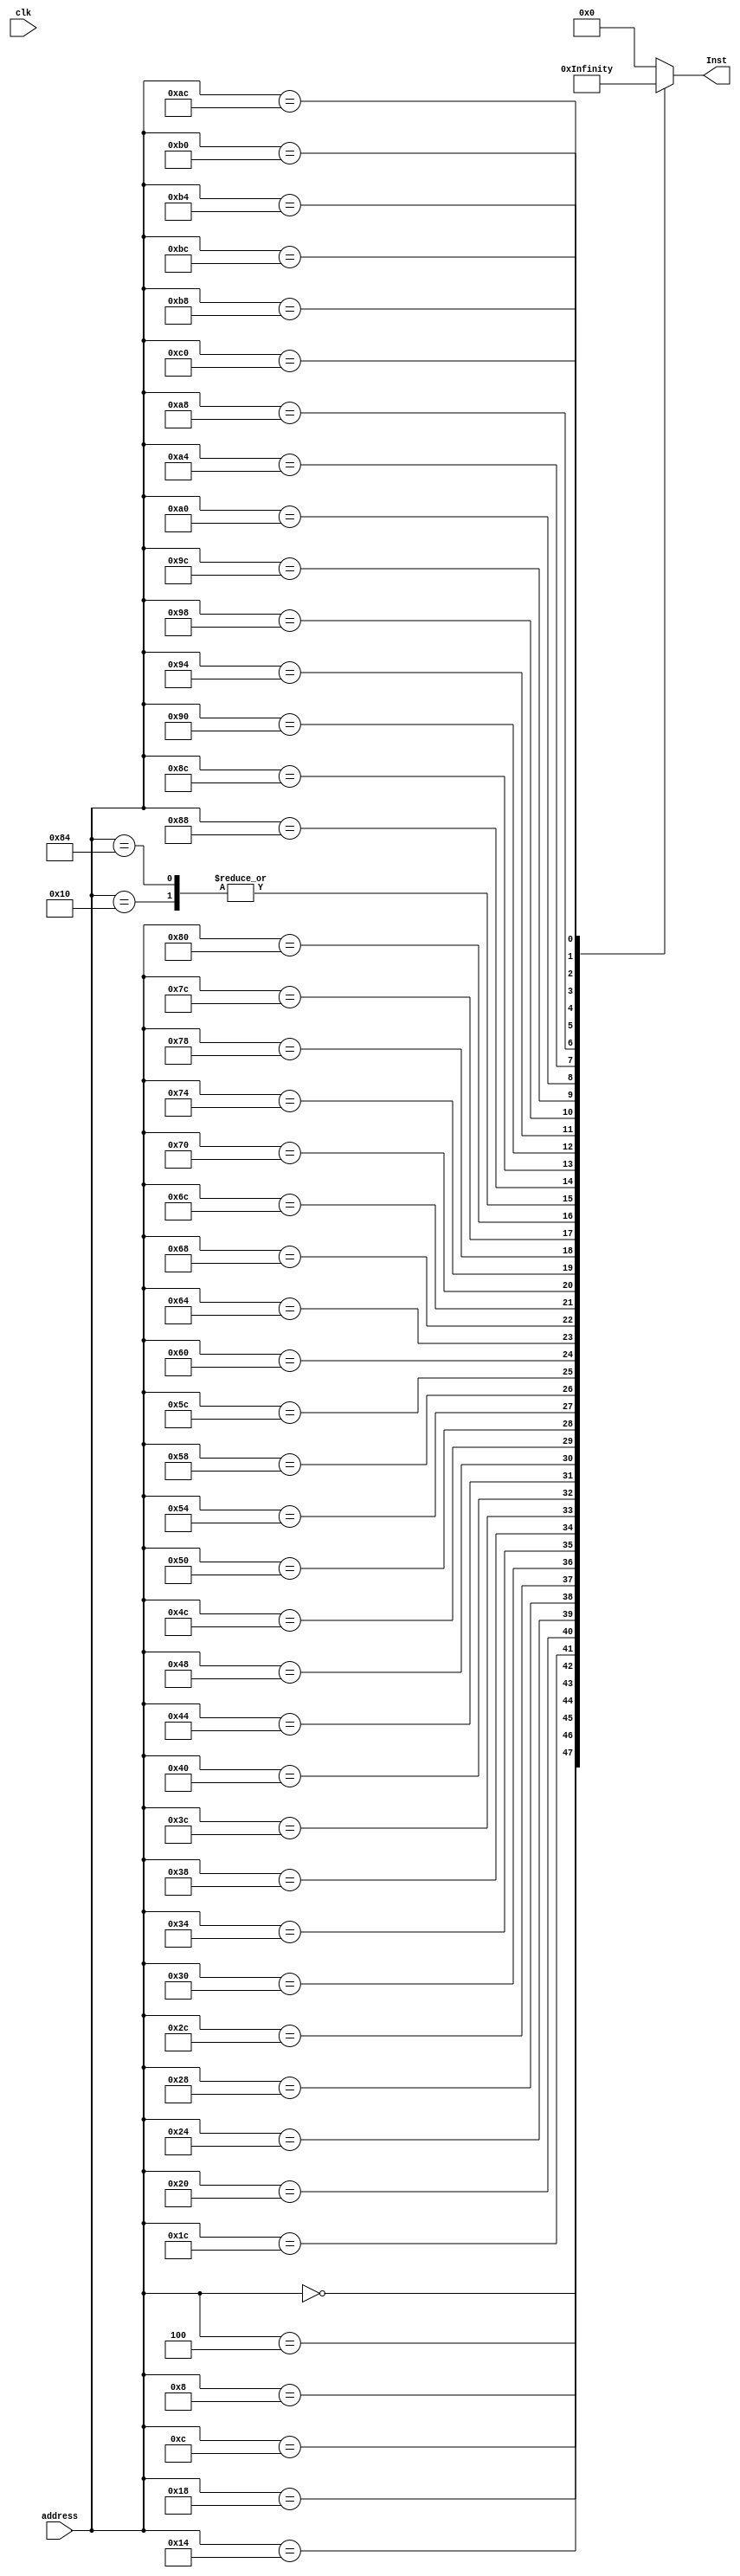
// module InstMem(input clk, input [31:0] address, output [31:0] Inst);
// reg[7:0] mem[0:65535];
// initial begin
// $readmemb("InstMem.mem",mem);    
// end
// assign Inst={mem[address],mem[address+1],mem[address+2],mem[address+3]};
// endmodule


module InstMem(input clk, input [31:0] address, output reg [31:0] Inst);
always @(address) begin
    case(address)
   
   
   
   
   
   
   
   
 32'd0:     Inst=32'b1110_00_1_1101_0_0000_0000_000000010100; //MOV		R0 ,#20 		//R0 = 20
 32'd4:     Inst=32'b1110_00_1_1101_0_0000_0001_101000000001; //MOV		R1 ,#4096		//R1 = 4096
 32'd8:     Inst=32'b1110_00_1_1101_0_0000_0010_000100000011; //MOV		R2 ,#0xC0000000	//R2 = -1073741824
 32'd12:    Inst=32'b1110_00_0_0100_1_0010_0011_000000000010; //ADDS		R3 ,R2,R2		//R3 = -2147483648 
 32'd16:    Inst=32'b1110_00_0_0000_0_0000_0000_000000000000; //ADDS		NOP
 32'd20:    Inst=32'b1110_00_0_0101_0_0000_0100_000000000000; //ADC		R4 ,R0,R0		//R4 = 41
 32'd24:    Inst=32'b1110_00_0_0010_0_0100_0101_000100000100; //SUB		R5 ,R4,R4,LSL #2	//R5 = -123
 32'd28:    Inst=32'b1110_00_0_0110_0_0000_0110_000010100000; //SBC		R6 ,R0,R0,LSR #1	//R6 = 10
 32'd32:    Inst=32'b1110_00_0_1100_0_0101_0111_000101000010; //ORR		R7 ,R5,R2,ASR #2	//R7 = -123
 32'd36:    Inst=32'b1110_00_0_0000_0_0111_1000_000000000011; //AND		R8 ,R7,R3		//R8 = -2147483648
 32'd40:    Inst=32'b1110_00_0_1111_0_0000_1001_000000000110; //MVN		R9 ,R6		//R9 = -11
 32'd44:    Inst=32'b1110_00_0_0001_0_0100_1010_000000000101; //EOR		R10,R4,R5	//R10 = -84
 32'd48:    Inst=32'b1110_00_0_1010_1_1000_0000_000000000110; //CMP		R8 ,R6		
 32'd52:    Inst=32'b0001_00_0_0100_0_0001_0001_000000000001; //ADDNE		R1 ,R1,R1		//R1 = 8192
 32'd56:    Inst=32'b1110_00_0_1000_1_1001_0000_000000001000; //TST		R9 ,R8		
 32'd60:    Inst=32'b0000_00_0_0100_0_0010_0010_000000000010; //ADDEQ		R2 ,R2,R2   	//R2 = -1073741824
 32'd64:    Inst=32'b1110_00_1_1101_0_0000_0000_101100000001; //MOV		R0 ,#1024		//R0 = 1024
 32'd68:    Inst=32'b1110_01_0_0100_0_0000_0001_000000000000; //STR		R1 ,[R0],#0	//MEM[1024] = 8192
 32'd72:    Inst=32'b1110_01_0_0100_1_0000_1011_000000000000; //LDR		R11,[R0],#0	//R11 = 8192
 32'd76:    Inst=32'b1110_01_0_0100_0_0000_0010_000000000100; //STR		R2 ,[R0],#4	//MEM[1028] = -1073741824
 32'd80:    Inst=32'b1110_01_0_0100_0_0000_0011_000000001000; //STR		R3 ,[R0],#8	//MEM[1032] = -2147483648
 32'd84:    Inst=32'b1110_01_0_0100_0_0000_0100_000000001100; //STR		R4 ,[R0],#12	//MEM[1036] = 41
 32'd88:    Inst=32'b1110_01_0_0100_0_0000_0101_000000010000; //STR		R5 ,[R0],#16	//MEM[1040] = -123
 32'd92:    Inst=32'b1110_01_0_0100_0_0000_0110_000000010100; //STR		R6 ,[R0],#20	//MEM[1044] = 10
 32'd96:    Inst=32'b1110_01_0_0100_1_0000_1010_000000000100; //LDR		R10,[R0],#4	//R10 = -1073741824
 32'd100:   Inst=32'b1110_01_0_0100_0_0000_0111_000000011000; //STR		R7 ,[R0],#24	//MEM[1048] = -123
 32'd104:   Inst=32'b1110_00_1_1101_0_0000_0001_000000000100; //MOV		R1 ,#4		//R1 = 4
 32'd108:   Inst=32'b1110_00_1_1101_0_0000_0010_000000000000; //MOV		R2 ,#0		//R2 = 0
 32'd112:   Inst=32'b1110_00_1_1101_0_0000_0011_000000000000; //MOV		R3 ,#0		//R3 = 0
 32'd116:   Inst=32'b1110_00_0_0100_0_0000_0100_000100000011; //ADD		R4 ,R0,R3,LSL #2	
 32'd120:   Inst=32'b1110_01_0_0100_1_0100_0101_000000000000; //LDR		R5 ,[R4],#0
 32'd124:   Inst=32'b1110_01_0_0100_1_0100_0110_000000000100; //LDR		R6 ,[R4],#4
 32'd128:   Inst=32'b1110_00_0_1010_1_0101_0000_000000000110; //CMP		R5 ,R6
 32'd132:   Inst=32'b1110_00_0_0000_0_0000_0000_000000000000; //		NOP
 32'd136:   Inst=32'b1100_01_0_0100_0_0100_0110_000000000000; //STRGT		R6 ,[R4],#0
 32'd140:   Inst=32'b1100_01_0_0100_0_0100_0101_000000000100; //STRGT		R5 ,[R4],#4
 32'd144:   Inst=32'b1110_00_1_0100_0_0011_0011_000000000001; //ADD		R3 ,R3,#1
 32'd148:   Inst=32'b1110_00_1_1010_1_0011_0000_000000000011; //CMP		R3 ,#3
 32'd152:   Inst=32'b1011_10_1_0_111111111111111111110110      ; //BLT		#-10
 32'd156:   Inst=32'b1110_00_1_0100_0_0010_0010_000000000001; //ADD		R2 ,R2,#1
 32'd160:   Inst=32'b1110_00_0_1010_1_0010_0000_000000000001; //CMP		R2 ,R1
 32'd164:   Inst=32'b1011_10_1_0_111111111111111111110010     ; //BLT		#-14
 32'd168:   Inst=32'b1110_01_0_0100_1_0000_0001_000000000000; //LDR		R1 ,[R0],#0	//R1 = -2147483648
 32'd172:   Inst=32'b1110_01_0_0100_1_0000_0010_000000000100; //LDR		R2 ,[R0],#4	//R2 = -1073741824
 32'd176:   Inst=32'b1110_01_0_0100_1_0000_0011_000000001000; //LDR		R3 ,[R0],#8	//R3 = 41
 32'd180:   Inst=32'b1110_01_0_0100_1_0000_0100_000000001100; //LDR		R4 ,[R0],#12	//R4 = 8192
 32'd184:   Inst=32'b1110_01_0_0100_1_0000_0101_000000010000; //LDR		R5 ,[R0],#16	//R5 = -123
 32'd188:   Inst=32'b1110_01_0_0100_1_0000_0110_000000010100; //LDR		R6 ,[R0],#20	//R4 = 10
 32'd192:   Inst=32'b1110_10_1_0_111111111111111111111111      ; //B		#-1

    default: Inst        = 32'b000000_00000_00000_00000_00000000000;
  endcase
end
endmodule

// 32'b1110_00_1_1101_0_0000_0010_000100000011; //MOV		R2 ,#0xC0000000	//R2 = -1073741824
// 32'b1110_00_0_0100_1_0010_0011_000000000010;